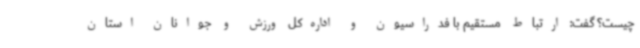
چیست؟ گفت: ارتباط مستقیم با فدراسیون و اداره‌کل ورزش و جوانان استان